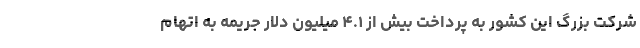
شرکت بزرگ این کشور به پرداخت بیش از ۴.۱ میلیون دلار جریمه به اتهام